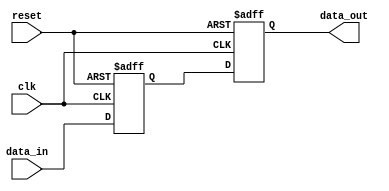
module traffic_reset_sync ( clk, data_in, reset, data_out) ;
  output data_out;
  input  clk;
  input  data_in;
  input  reset;
  reg   data_in_d1 ;
  reg   data_out ;
  always @(posedge clk or posedge reset)
    begin
      if (reset == 1) data_in_d1 <= 1;
      else data_in_d1 <= data_in;
    end
  always @(posedge clk or posedge reset)
    begin
      if (reset == 1) data_out <= 1;
      else data_out <= data_in_d1;
    end
endmodule